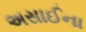
અસાઈના